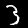
Label: 3